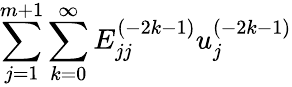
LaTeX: {\sum_{j=1}^{m+1}\sum_{k=0}^{\infty}E_{jj}^{(-2k-1)}u_{j}^{(-2k-1)}}